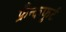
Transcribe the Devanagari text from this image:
फ्रँन्कफुर्ट